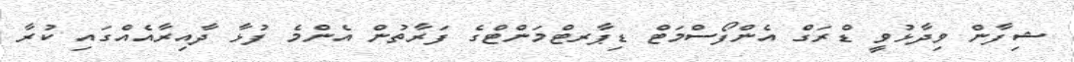
ޝިފާން ވިދާޅުވީ ޑްރަގް އެންފޯސްމަޓް ޑިޕާރޓްމަންޓްގެ ފަރާތުން އެންމެ ފުޅާ ދާއިރާއެއްގައި ކުރާ